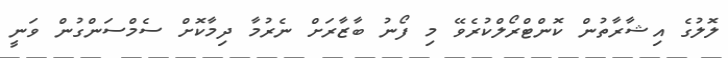
ލޮލުގެ އިޝާރާތުން ކޮންޓްރޯލްކުރެވޭ މި ފޯނު ބާޒާރަށް ނެރުމާ ދިމާކޮށް ސެމްސަންގުން ވަނީ